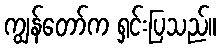
ကျွန်တော်က ရှင်းပြသည်။